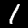
Label: 1